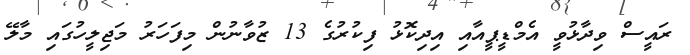
ރައީސް ވިދާޅުވީ އެމްޑީޕީއާއި އިދިކޮޅު ފިކުރުގެ 13 ޒުވާނުން މިފަހަރު މަޖިލީހުގައި މާލޭ